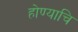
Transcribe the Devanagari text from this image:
होण्याचि